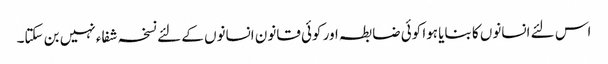
اس لئے انسانوں کا بنایا ہوا کوئی ضابطہ اور کوئی قانون انسانوں کے لئے نسخہ شفاء نہیں بن سکتا۔